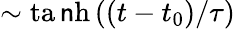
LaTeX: \sim\operatorname{ta\mathsf{n}h}\left((t-t_{0})/\tau\right)